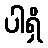
ပါရှိ